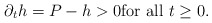
\begin{align*}\partial_{t}h=P-h>0 {\rm for \ all }\ t\geq 0.\end{align*}